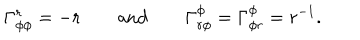
LaTeX: \Gamma _ { \phi \phi } ^ { r } = - r \qquad \mathrm { a n d } \qquad \Gamma _ { r \phi } ^ { \phi } = \Gamma _ { \phi r } ^ { \phi } = r ^ { - 1 } .